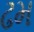
ઢમ